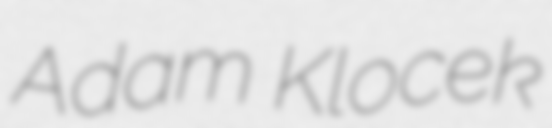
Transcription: Adam Klocek